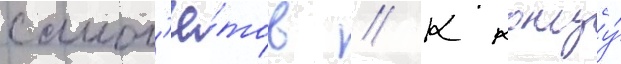
самол'ё́тов // К концу́